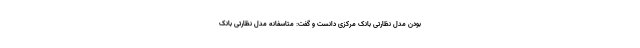
بودن مدل نظارتی بانک مرکزی دانست و گفت: متاسفانه مدل نظارتی بانک